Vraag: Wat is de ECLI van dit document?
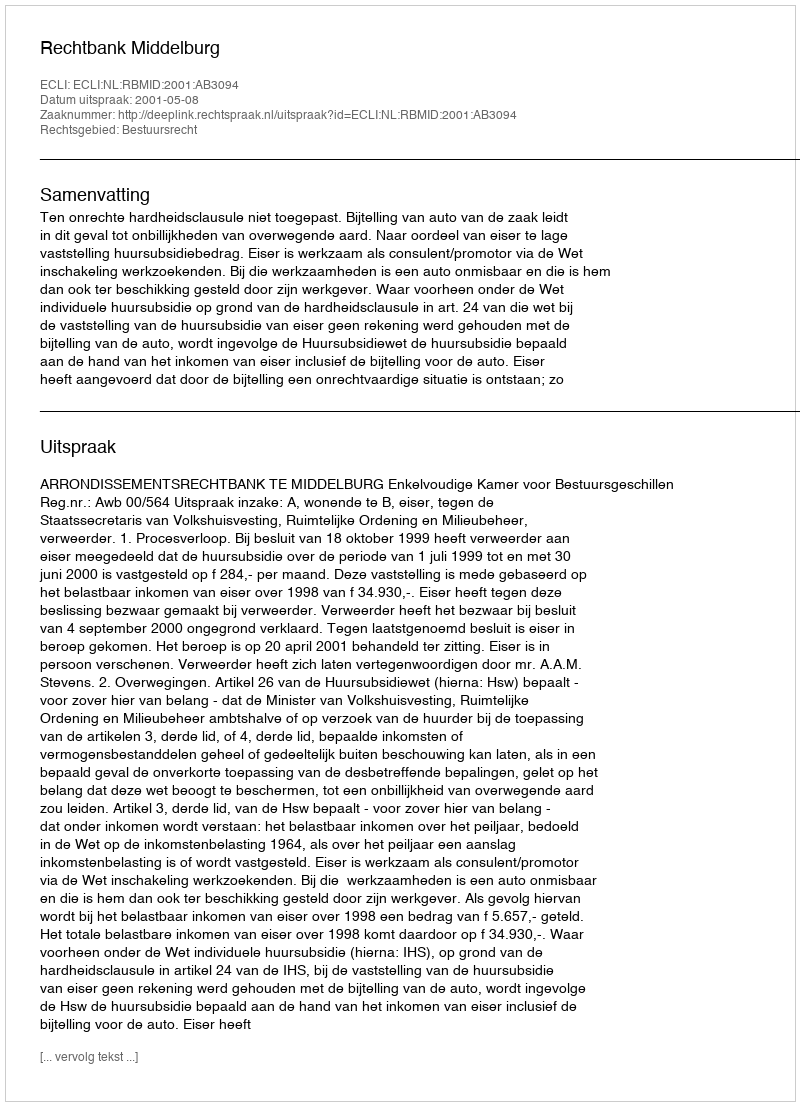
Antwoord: ECLI:NL:RBMID:2001:AB3094